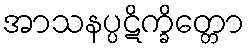
အာသနပ္ပဋိက္ခိတ္တော